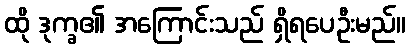
ထို ဒုက္ခ၏ အကြောင်းသည် ရှိရပေဦးမည်။